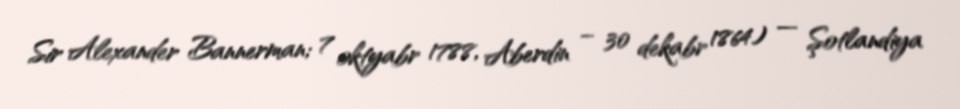
Sir Alexander Bannerman; 7 oktyabr 1788, Aberdin – 30 dekabr 1864) — Şotlandiya